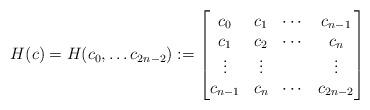
LaTeX: \begin{align*} H(c)=H(c_0,\dots c_{2n-2}):=\begin{bmatrix}c_0&c_1&\cdots &c_{n-1}\\c_1&c_2&\cdots &c_{n}\\\vdots&\vdots &&\vdots\\c_{n-1}&c_{n}&\cdots &c_{2n-2}\end{bmatrix}\end{align*}